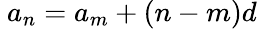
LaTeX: \ a_{n}=a_{m}+(n-m)d